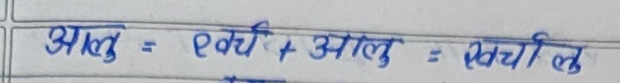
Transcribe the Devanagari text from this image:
अलु = खर्च + आलु = खर्चालु